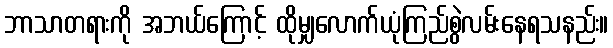
ဘာသာတရားကို အဘယ်ကြောင့် ထိုမျှလောက်ယုံကြည်စွဲလမ်းနေရသနည်း။